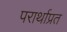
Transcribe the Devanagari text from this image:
परार्थाप्रत